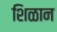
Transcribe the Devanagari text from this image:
शिळान